Veterinary regulations India, 1935 -
Year: 1935
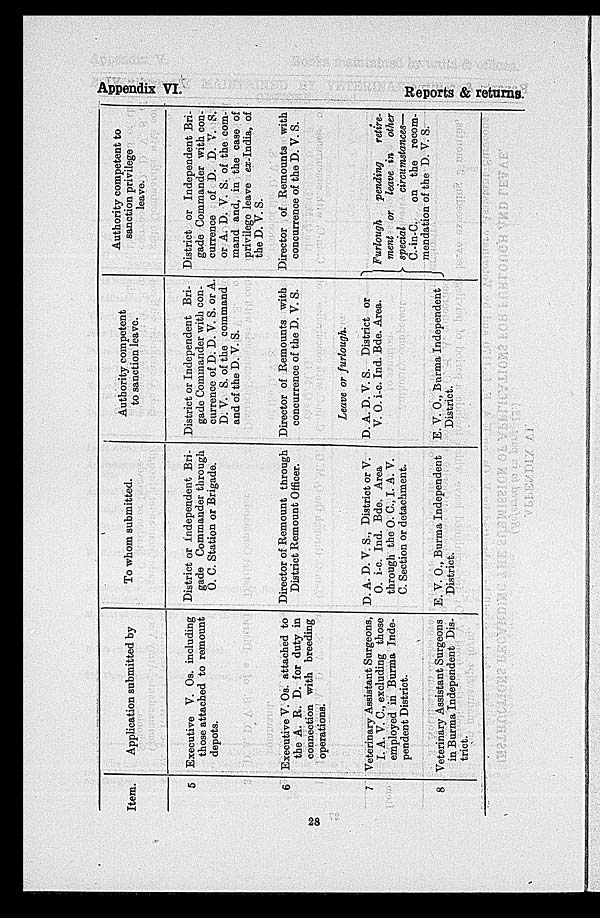
Appendix
VI.
Reports
& returns.
Item.
5
6
7
8
Application submitted by
Executive V. Os. including
those attached to remount
depots.
Executive V. Os. attached to
the A. R. D. for duty in
connection with breeding
operations.
Veterinary Assistant Surgeons,
I, A. V. C., excluding those
employed in Burma Inde-
pendent District.
Veterinary Assistant Surgeons
in Burma Independent Dis-
trict.
To whom submitted.
District or independent Bri-
gade Commander through
O. C. Station or Brigade.
Director of Remount through
District Remount Officer.
D. A. D. V. S., District or V.
O. i-e. Ind. Bde. Area
through the O. C., I. A. V.
C. Section or detachment.
E. V. O., Burma Independent
District.
Authority competent
to sanction leave.
District or Independent Bri-
gade Commander with con-
currence of D. D. V. S. or A.
D. V. S. of the command
and of the D. V. S.
Director of Remounts with
concurrence of the D. V. S.
Leave or furlough.
D. A. D. V. S. District or
V. O. i-c. Ind. Bde. Area.
E. V. O., Burma Independent
District.
Authority competent to
sanction privilege
leave.
District or Independent Bri-
gade Commander with con-
currence of D. D. V. S.
or A. D. V. S. of the com-
mand and, in the case of
privilege leave ex-India, of
the D. V. S.
Director of Remounts with
concurrence of the D. V. S.
Furlough
pending
retire-
merit or leave in other
special
circumstances—
C.-in-C.
on the recom-
mendation of the D. V. S.
28